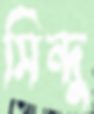
সিন্দু